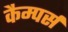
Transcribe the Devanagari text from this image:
कैम्पर्स